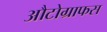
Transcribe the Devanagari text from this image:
औटोग्राफस